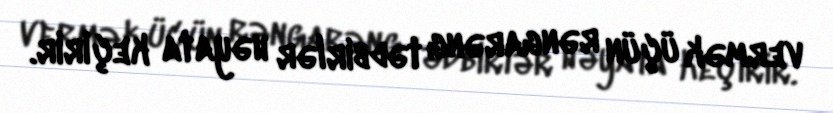
vermək üçün rəngarəng tədbirlər həyata keçirir.